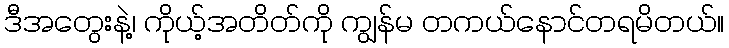
ဒီအတွေးနဲ့၊ ကိုယ့်အတိတ်ကို ကျွန်မ တကယ်နောင်တရမိတယ်။